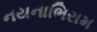
નયનાભિરામ